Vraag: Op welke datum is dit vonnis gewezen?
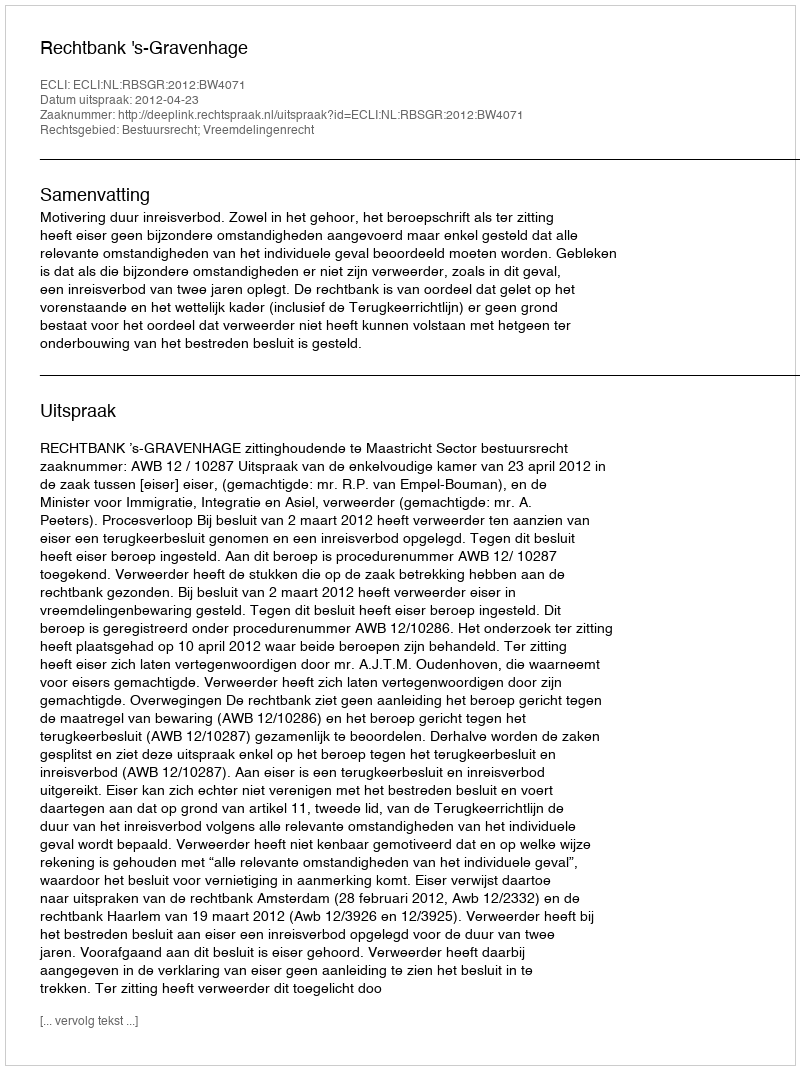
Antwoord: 2012-04-23